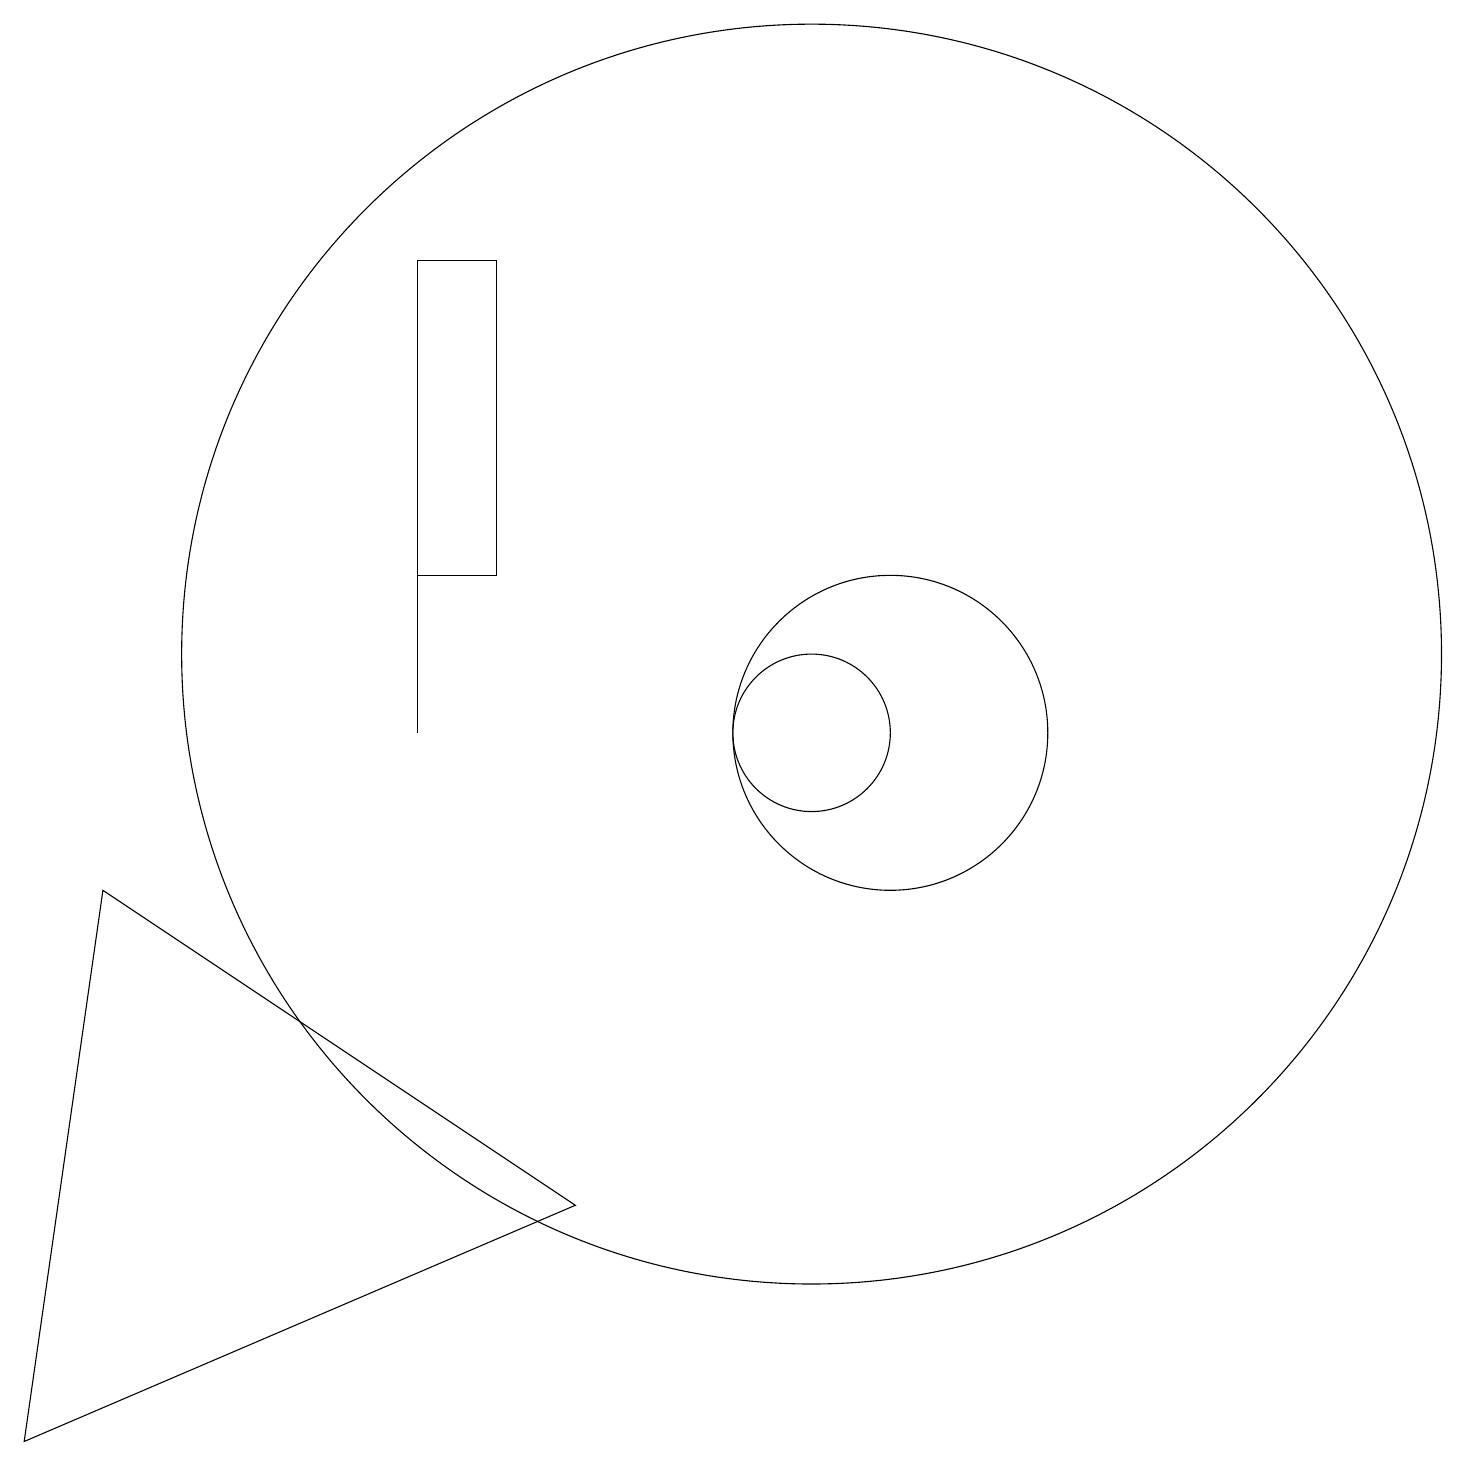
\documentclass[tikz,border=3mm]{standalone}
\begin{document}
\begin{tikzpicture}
\draw (6,17) rectangle (5,13);
\draw (10,12) circle (8);
\draw (11,11) circle (2);
\draw (0,2) -- (7,5) -- (1,9) -- cycle;
\draw (10,11) circle (1);
\draw (5,13) rectangle (5,11);
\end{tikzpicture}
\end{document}